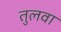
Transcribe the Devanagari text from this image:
तुलवा